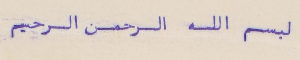
لبسمِ الله الرحمن الرحيم